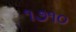
૧૭૧૦